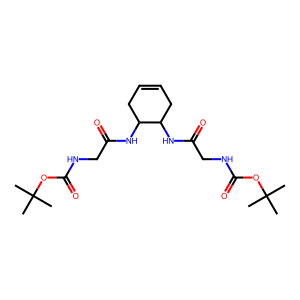
SMILES: CC(C)(C)OC(=O)NCC(=O)NC1CC=CCC1NC(=O)CNC(=O)OC(C)(C)C
Inhibits HIV replication: No